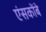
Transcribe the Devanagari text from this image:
एंसकोंबे